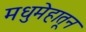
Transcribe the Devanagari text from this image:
मधुमेहातून